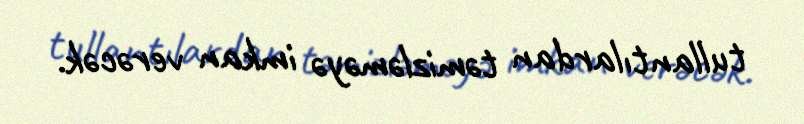
tullantılardan təmizləməyə imkan verəcək.